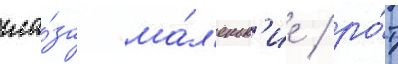
гла́за ма́л'еньк'ие / ро́т